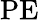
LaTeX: \mathrm{PE}